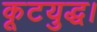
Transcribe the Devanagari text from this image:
कूटयुद्ध।